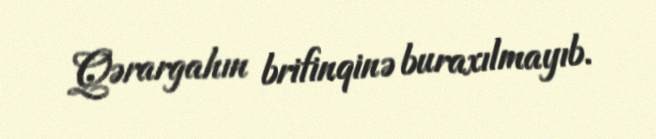
Qərargahın brifinqinə buraxılmayıb.